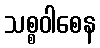
သစ္စဝါစေန